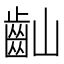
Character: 𪗘